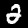
Digit: 2